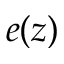
e ( z )